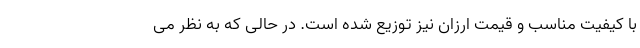
با کیفیت مناسب و قیمت ارزان نیز توزیع شده است. در حالی که به نظر می